Report of the Indian Hemp Drugs Commission, 1894-1895 - Volume V
Year: 1894
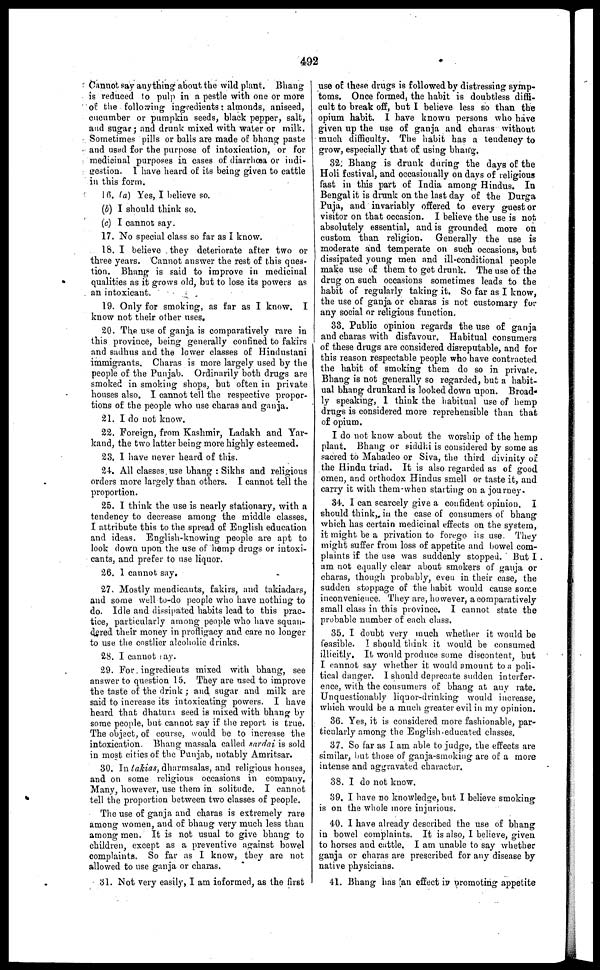
492
Cannot say anything about the wild plant. Bhang
is reduced to pulp in a pestle with one or more
of the following ingredients: almonds, aniseed,
cucumber or pumpkin seeds, black pepper, salt,
and sugar; and drunk mixed with water or milk.
Sometimes pills or balls are made of bhang paste
and used for the purpose of intoxication, or for
medicinal purposes in cases of diarrhoea or indi-
gestion. I have heard of its being given to cattle
in this form.
16. (a) Yes, I believe so.
(b) I should think so.
(c) I cannot say.
17. No special class so far as I know.
18. I believe they deteriorate after two or
three years. Cannot answer the rest of this ques-
tion. Bhang is said to improve in medicinal
qualities as it grows old, but to lose its powers as
an intoxicant.
19. Only for smoking, as far as I know. I
know not their other uses
20. The use of ganja is comparatively rare in
this province, being generally confined to fakirs
and sadhus and the lower classes of Hindustani
immigrants. Charas is more largely used by the
people of the Punjab. Ordinarily both drugs are
smoked in smoking shops, but often in private
houses also. I cannot tell the respective propor-
tions of the people who use charas and ganja.
21. I do not know.
22. Foreign, from Kashmir, Ladakh and Yar-
kand, the two latter being more highly esteemed.
23. I have never heard of this.
24. All classes use bhang : Sikhs and religious
orders more largely than others. I cannot tell the
proportion.
25. I think the use is nearly stationary, with a
tendency to decrease among the middle classes.
I attribute this to the spread of English education
and ideas. English-knowing people are apt to
look down upon the use of hemp drugs or intoxi-
cants, and prefer to use liquor.
26. 1 cannot say,
27. Mostly mendicants, fakirs, and takiadars,
and some well to-do people who have nothing to
do. Idle and dissipated habits lead to this prac-
tice, particularly among people who have squan-
dered their money in profligacy and care no longer
to use the costlier alcoholic drinks.
28. I cannot say.
29. For ingredients mixed with bhang, see
answer to question 15. They are used to improve
the taste of the drink ; and sugar and milk are
said to increase its intoxicating powers. I have
heard that dhatura seed is mixed with bhang by
some people, but cannot say if the report is true.
The object, of course, would be to increase the
intoxication. Bhang massala called sardai is sold
in most cities of the Punjab, notably Amritsar.
30. In takias, dharmsalas, and religious houses,
and on some religious occasions in company.
Many, however, use them in solitude. I cannot
tell the proportion between two classes of people.
The use of ganja and charas is extremely rare
among women, and of bhang very much less than
among men. It is not usual to give bhang to
children, except as a preventive against bowel
complaints. So far as I know, they are not
allowed to use ganja or charas.
31. Not very easily, I am informed, as the first
use of these drugs is followed by distressing symp-
toms. Once formed the habit is doubtless diffi-
cult to break off, but I believe less so than the
opium habit. I have known persons who have
given up the use of ganja and charas without
much difficulty. The habit has a tendency to
grow, especially that of using bhang.
32. Bhang is drunk during the days of the
Holi festival, and occasionally on days of religious
fast in this part of India among Hindus. In
Bengal it is drank on the last day of the Durga
Puja, and invariably offered to every guest or
visitor on that occasion. I believe the use is not
absolutely essential, and is grounded more on
custom than religion. Generally the use is
moderate and temperate on such occasions, but
dissipated young men and ill-conditional people
make use of them to get drunk. The use of the
drug on such occasions sometimes leads to the
habit of regularly taking it. So far as I know,
the use of ganja or charas is not customary fur
any social or religious function.
33. Public opinion regards the use of ganja
and charas with disfavour, Habitual consumers
of these drugs are considered disreputable, and for
this reason respectable people who have contracted
the habit of smoking them do so in private.
Bhang is not generally so regarded, but a habit-
ual bhang drunkard is looked down upon. Broad-
ly speaking, I think the habitual use of hemp
drugs is considered more reprehensible than that
of opium.
I do not know about the worship of the hemp
plant. Bhang or siddhi is considered by some as
sacred to Mahadeo or Siva, the third divinity of
the Hindu triad. It is also regarded as of good
omen, and orthodox Hindus smell or taste it, and
carry it with them when starting on a journey.
34. I can scarcely give a confident opinion. I
should think, in the case of consumers of bhang
which has certain medicinal effects on the system,
it might be a privation to forego its use. They
might suffer from loss of appetite and bowel com-
plaints if the use was suddenly stopped. But I
am not equally clear about smokers of ganja or
charas, though probably, even in their case, the
sudden stoppage of the habit would cause some
inconvenience. They are, however, a comparatively
small class in this province. I cannot state the
probable number of each class.
35. I doubt very much whether it would be
feasible. I should think it would be consumed
illicitly. It would produce some discontent, but
I cannot say whether it would amount to a poli-
tical danger. I should deprecate sudden interfer-
ence, with the consumers of bhang at any rate.
Unquestionably liquor-drinking would increase,
which would be a much greater evil in my opinion.
36. Yes, it is considered more fashionable, par-
ticularly among the English-educated classes.
37. So far as I am able to judge, the effects are
similar, but those of gauja-smoking are of a more
intense and aggravated character.
38. I do not know.
39. I have no knowledge, but I believe smoking
is on the whole more injurious.
40. I have already described the use of bhang
in bowel complaints. It is also, I believe, given
to horses and cattle. I am unable to say whether
ganja or charas are prescribed for any disease by
native physicians.
41. Bhang has an effect in uromoting appetite